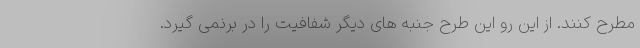
مطرح کنند. از این رو این طرح جنبه های دیگر شفافیت را در برنمی گیرد.